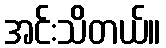
အင်းသိတယ်။